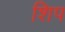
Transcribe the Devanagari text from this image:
शिप